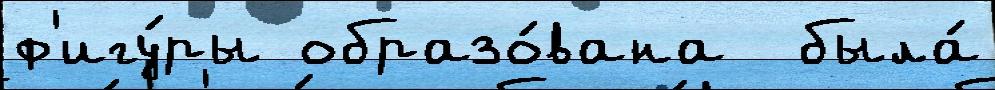
ф'игу́ры образо́вана  была́